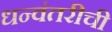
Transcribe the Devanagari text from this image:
धन्वंतरीची